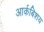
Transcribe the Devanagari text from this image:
आर्कबिशय